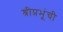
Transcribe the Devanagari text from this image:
श्रीप्रभूंची